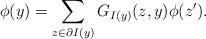
LaTeX: \begin{align*}\phi(y)=\sum_{z\in \partial I(y)}G_{I(y)}(z,y) \phi(z').\end{align*}